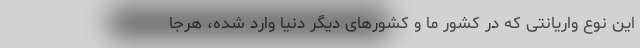
این نوع واریانتی که در کشور ما و کشورهای دیگر دنیا وارد شده، هرجا